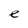
Character: e